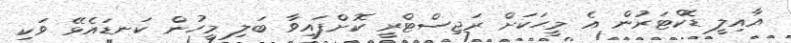
އާއިލީ ޑޮކްޓަރުން އެ މީހަކަށް ރަޖިސްޓްރީ ކޮށްފައިވާ ބަލި މީހުން ކަނޑައެޅޭ ވަކި